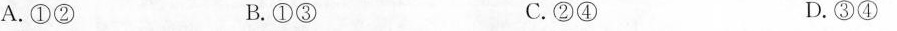
A.①② B.①③ C.②④ D.③④